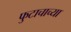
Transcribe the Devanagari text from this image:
फुटाचाच्या